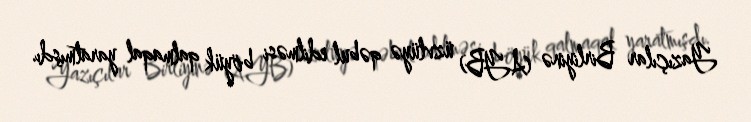
Yazıçılar Birliyinə (AYB) üzvlüyə qəbul edilməsi böyük qalmaqal yaratmışdı.